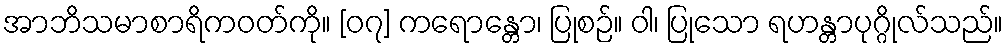
အာဘိသမာစာရိကဝတ်ကို။ [၀၇] ကရောန္တော၊ ပြုစဉ်။ ဝါ၊ ပြုသော ရဟန္တာပုဂ္ဂိုလ်သည်။